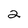
Character: 2